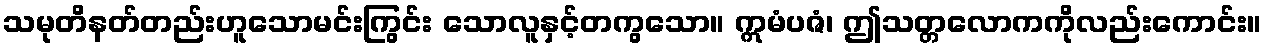
သမုတိနတ်တည်းဟူသောမင်းကြွင်း သောလူနှင့်တကွသော။ ဣမံပဇံ၊ ဤသတ္တလောကကိုလည်းကောင်း။